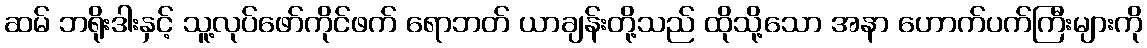
ဆမ် ဘရိုးဒါးနှင့် သူ့လုပ်ဖော်ကိုင်ဖက် ရောဘတ် ယာချန်းတို့သည် ထိုသို့သော အနာ ဟောက်ပက်ကြီးများကို